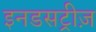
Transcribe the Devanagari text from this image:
इनडसट्रीज़